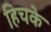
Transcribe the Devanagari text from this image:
हिचके